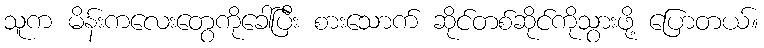
သူက မိန်းကလေးတွေကိုခေါ်ပြီး စားသောက် ဆိုင်တစ်ဆိုင်ကိုသွားဖို့ ပြောတယ်။